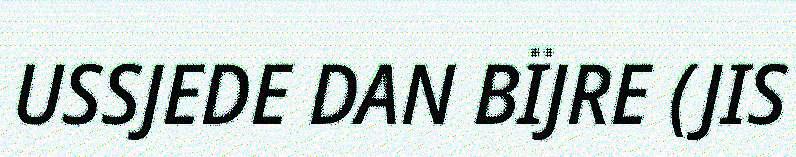
USSJEDE DAN BÏJRE (JIS